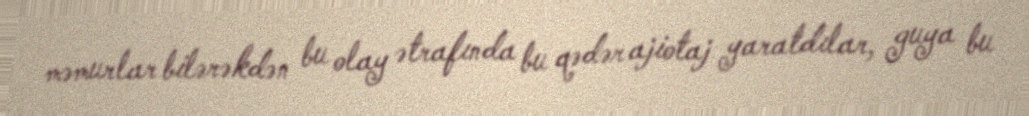
məmurlar bilərəkdən bu olay ətrafında bu qədər ajiotaj yaratdılar, guya bu